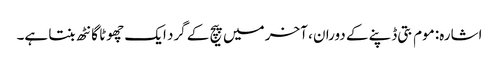
اشارہ: موم بتی ڈپنے کے دوران ، آخر میں پیچ کے گرد ایک چھوٹا گانٹھ بنتا ہے۔